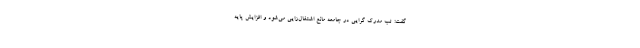
گفت: تب مدرک گرایی در جامعه مانع اشتغال‌زایی می‌شود و افزایش پایه